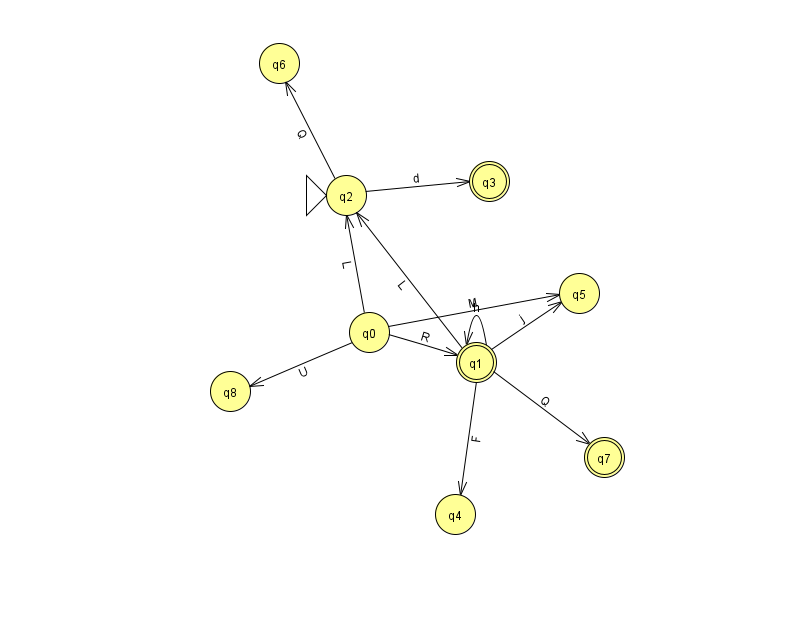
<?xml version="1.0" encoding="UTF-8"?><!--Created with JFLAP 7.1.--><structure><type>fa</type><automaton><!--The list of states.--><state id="0" name="q0"><x>369.0</x><y>319.0</y></state><state id="1" name="q1"><x>476.0</x><y>349.0</y><final/></state><state id="2" name="q2"><x>346.0</x><y>182.0</y><initial/></state><state id="3" name="q3"><x>489.0</x><y>168.0</y><final/></state><state id="4" name="q4"><x>455.0</x><y>501.0</y></state><state id="5" name="q5"><x>579.0</x><y>280.0</y></state><state id="6" name="q6"><x>279.0</x><y>50.0</y></state><state id="7" name="q7"><x>604.0</x><y>444.0</y><final/></state><state id="8" name="q8"><x>230.0</x><y>378.0</y></state><!--The list of transitions.--><transition><from>1</from><to>7</to><read>Q</read></transition><transition><from>2</from><to>6</to><read>Q</read></transition><transition><from>0</from><to>1</to><read>R</read></transition><transition><from>1</from><to>4</to><read>F</read></transition><transition><from>0</from><to>8</to><read>U</read></transition><transition><from>1</from><to>1</to><read>h</read></transition><transition><from>2</from><to>3</to><read>d</read></transition><transition><from>0</from><to>2</to><read>L</read></transition><transition><from>1</from><to>2</to><read>L</read></transition><transition><from>1</from><to>5</to><read>j</read></transition><transition><from>0</from><to>5</to><read>M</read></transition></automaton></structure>